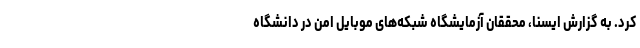
کرد. به گزارش ایسنا، محققان آزمایشگاه شبکه‌های موبایل امن در دانشگاه